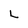
Character: L